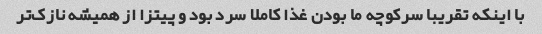
با اینکه تقریبا سرکوچه ما بودن غذا کاملا سرد بود و پیتزا از همیشه نازک‌تر